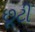
છૂટી